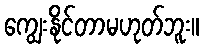
ကျွေးနိုင်တာမဟုတ်ဘူး။